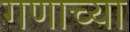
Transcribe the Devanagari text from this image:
गणाच्या